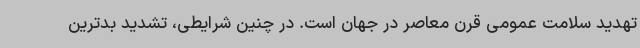
تهدید سلامت عمومی قرن معاصر در جهان است. در چنین شرایطی، تشدید بدترین